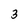
Character: 3